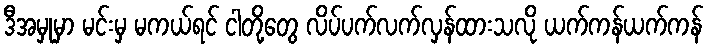
ဒီအမှုမှာ မင်းမှ မကယ်ရင် ငါတို့တွေ လိပ်ပက်လက်လှန်ထားသလို ယက်ကန်ယက်ကန်